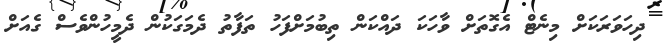
ދިހަވަރަކަށް މިނެޓް އެގޮތަށް ވާހަކަ ދައްކަން ތިބުމަށްފަހު ތަފާތު ދެމަގަކުން ދެމީހުންވެސް ގެއަށް